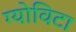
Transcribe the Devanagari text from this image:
ग्योविटा